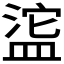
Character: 𬐥